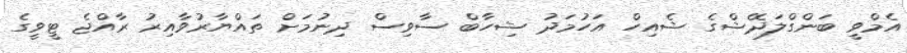
އެމްވީ ބަންގްލަދޭޝްގެ ޝެއިހް އަހުމަދު ޝިހާބް ސާވިސް ދިނުމަށް ތައްޔާރުވާއިރު ރާއްޖެ ޓީވީގެ